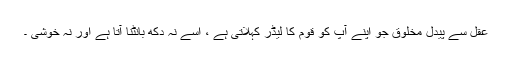
عقل سے پیدل مخلوق جو اپنے آپ کو قوم کا لیڈر کہلاتی ہے ، اسے نہ دکھ بانٹنا آتا ہے اور نہ خوشی ۔